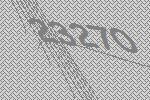
23270